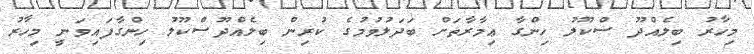
މިހާރު ބިލެއްދޫ ސްކޫލު ހިންގާ ޢިމާރާތަށް ބަދަލުވުމުގެ ކުރިން ބިލެއްދޫސްކޫލު ހިންގާފައިވަނީ މިހާރު